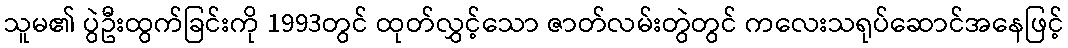
သူမ၏ ပွဲဦးထွက်ခြင်းကို 1993တွင် ထုတ်လွှင့်သော ဇာတ်လမ်းတွဲတွင် ကလေးသရုပ်ဆောင်အနေဖြင့်